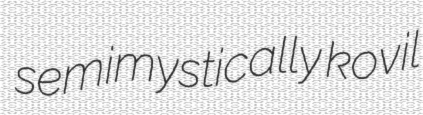
semimystically kovil